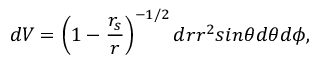
d { \cal { V } } = \left( 1 - \frac { r _ { s } } { r } \right) ^ { - 1 / 2 } d r r ^ { 2 } s i n \theta d \theta d \phi ,